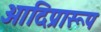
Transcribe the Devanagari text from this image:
आदिप्रारूप